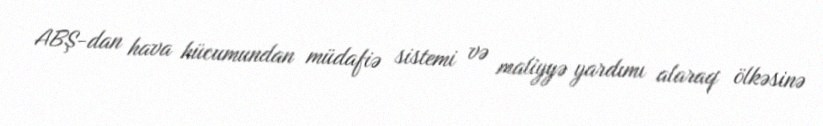
ABŞ-dan hava hücumundan müdafiə sistemi və maliyyə yardımı alaraq ölkəsinə